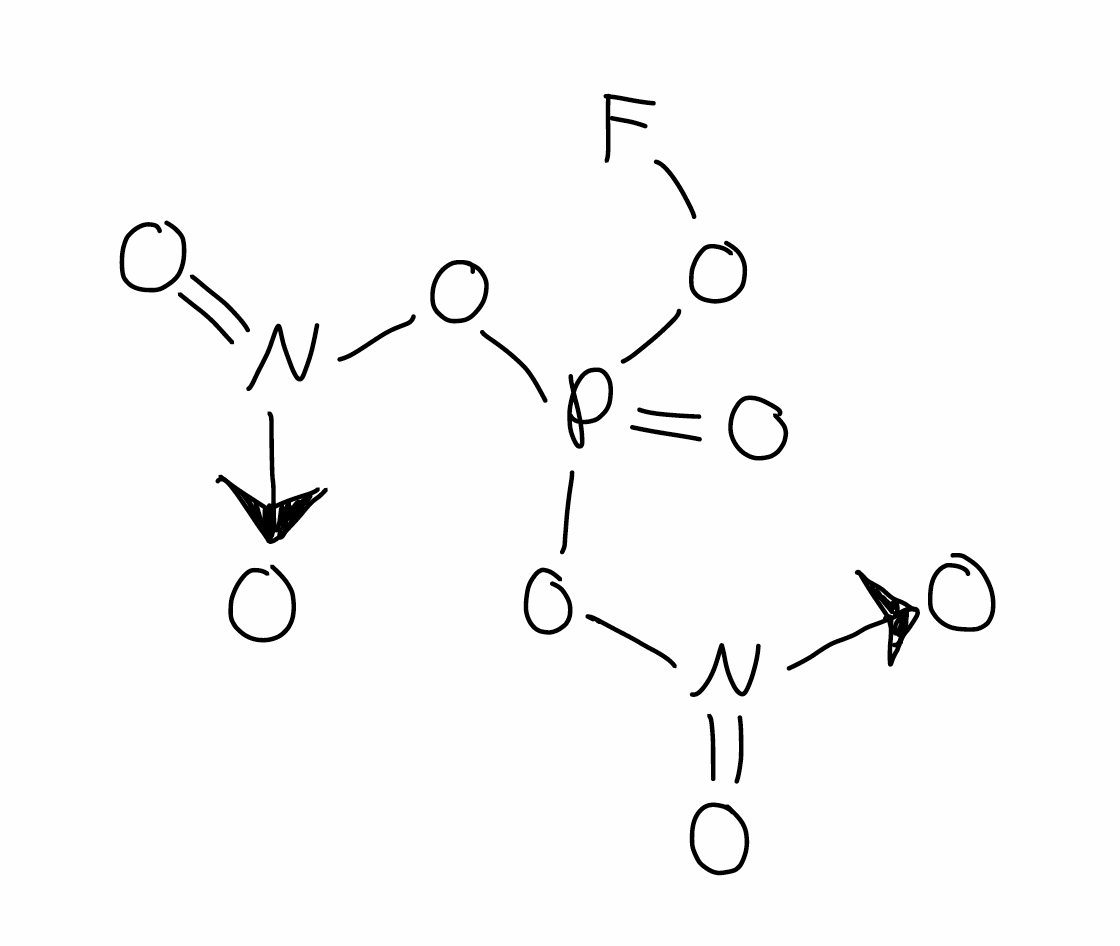
Simplified molecular-input line-entry system (SMILES) notation of the given molecule:
[N+](=O)([O-])OP(=O)(O[N+](=O)[O-])OF